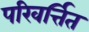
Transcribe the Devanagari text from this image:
परिवर्त्तित